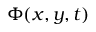
\Phi ( x , y , t )